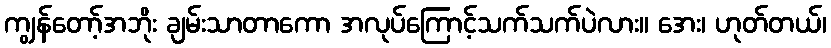
ကျွန်တော့်အဘိုး ချမ်းသာတာကော အလုပ်ကြောင့်သက်သက်ပဲလား။ အေး၊ ဟုတ်တယ်၊